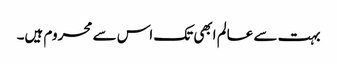
بہت سے عالم ابھی تک اس سے محروم ہیں۔